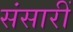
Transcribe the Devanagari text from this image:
संसारीं